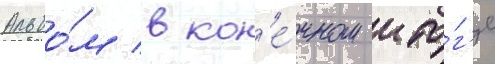
Альбо́м в кон'е́чном ито́г'е